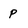
Character: p